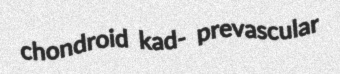
chondroid kad- prevascular